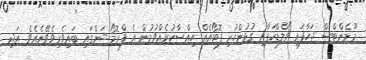
މޫމެންޓްސް ޖަހާފައި ވޯލްޑްކަޕާއި ގުޅުންހުރި ފޮޓޯއެއް ހިއްސާކުރެއްވުމުން އެ ފްރޮމޯޝަންގައި ބައިވެރިވެވޭނެއެވެ. އަދި